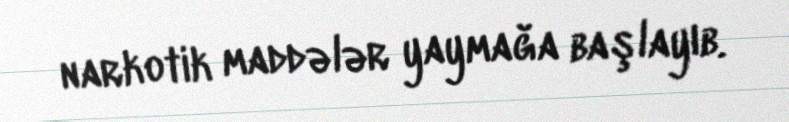
narkotik maddələr yaymağa başlayıb.